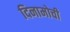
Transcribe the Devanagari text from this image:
दिनामोची